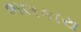
ભલકારા